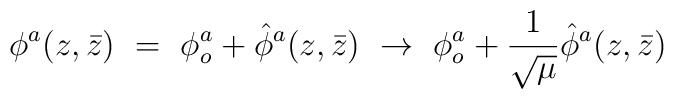
\phi^a (z, \bar z)  \ = \ \phi_o^a  + {\hat\phi}^a(z, \bar z)  \ \rightarrow \ \phi_o^a  + \frac{1}{\sqrt{\mu}} {\hat\phi}^a(z, \bar z)